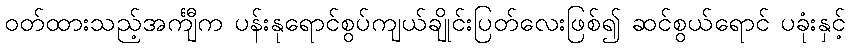
ဝတ်ထားသည့်အင်္ကျီက ပန်းနုရောင်စွပ်ကျယ်ချိုင်းပြတ်လေးဖြစ်၍ ဆင်စွယ်ရောင် ပခုံးနှင့်